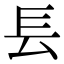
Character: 镸